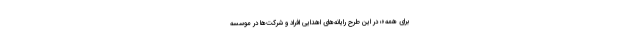
برای همه»؛ در این طرح رایانه‌های اهدایی افراد و شرکت‌ها در موسسه